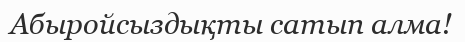
Абыройсыздықты сатып алма!